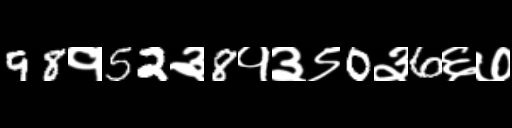
Text: 98१52३8१३९0३6६७